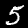
Label: 5